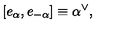
[ e _ { \alpha } , e _ { - \alpha } ] \equiv \alpha ^ { \vee } ,